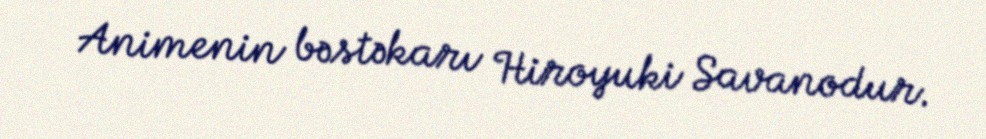
Animenin bəstəkarı Hiroyuki Savanodur.